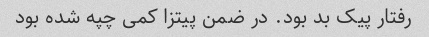
رفتار پیک بد بود. در ضمن پیتزا کمی چپه شده بود